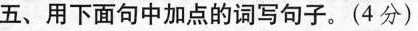
五、用下面句中加点的词写句子。(4分)